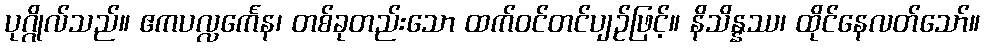
ပုဂ္ဂိုလ်သည်။ ဧကပလ္လင်္ကေန၊ တစ်ခုတည်းသော ထက်ဝင်တင်ပျဉ်ဖြင့်။ နိသိန္နဿ၊ ထိုင်နေလတ်သော်။